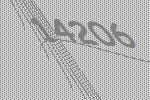
14206